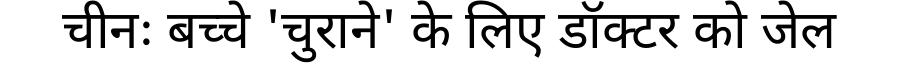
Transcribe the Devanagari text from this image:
चीनः बच्चे 'चुराने' के लिए डॉक्टर को जेल